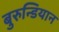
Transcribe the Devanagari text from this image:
बुरुन्डियान